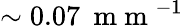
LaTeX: \sim 0.07\: \mathrm{~m~m~}^{-1}